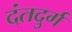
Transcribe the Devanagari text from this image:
दंतदुर्ग